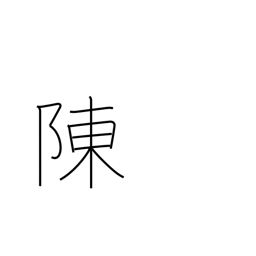
Meaning: explain